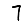
Digit: 7